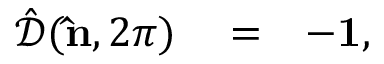
\begin{array} { r l r } { \hat { \mathcal { D } } ( { \bf \hat { n } } , 2 \pi ) } & { { } = } & { - { \bf 1 } , } \end{array}